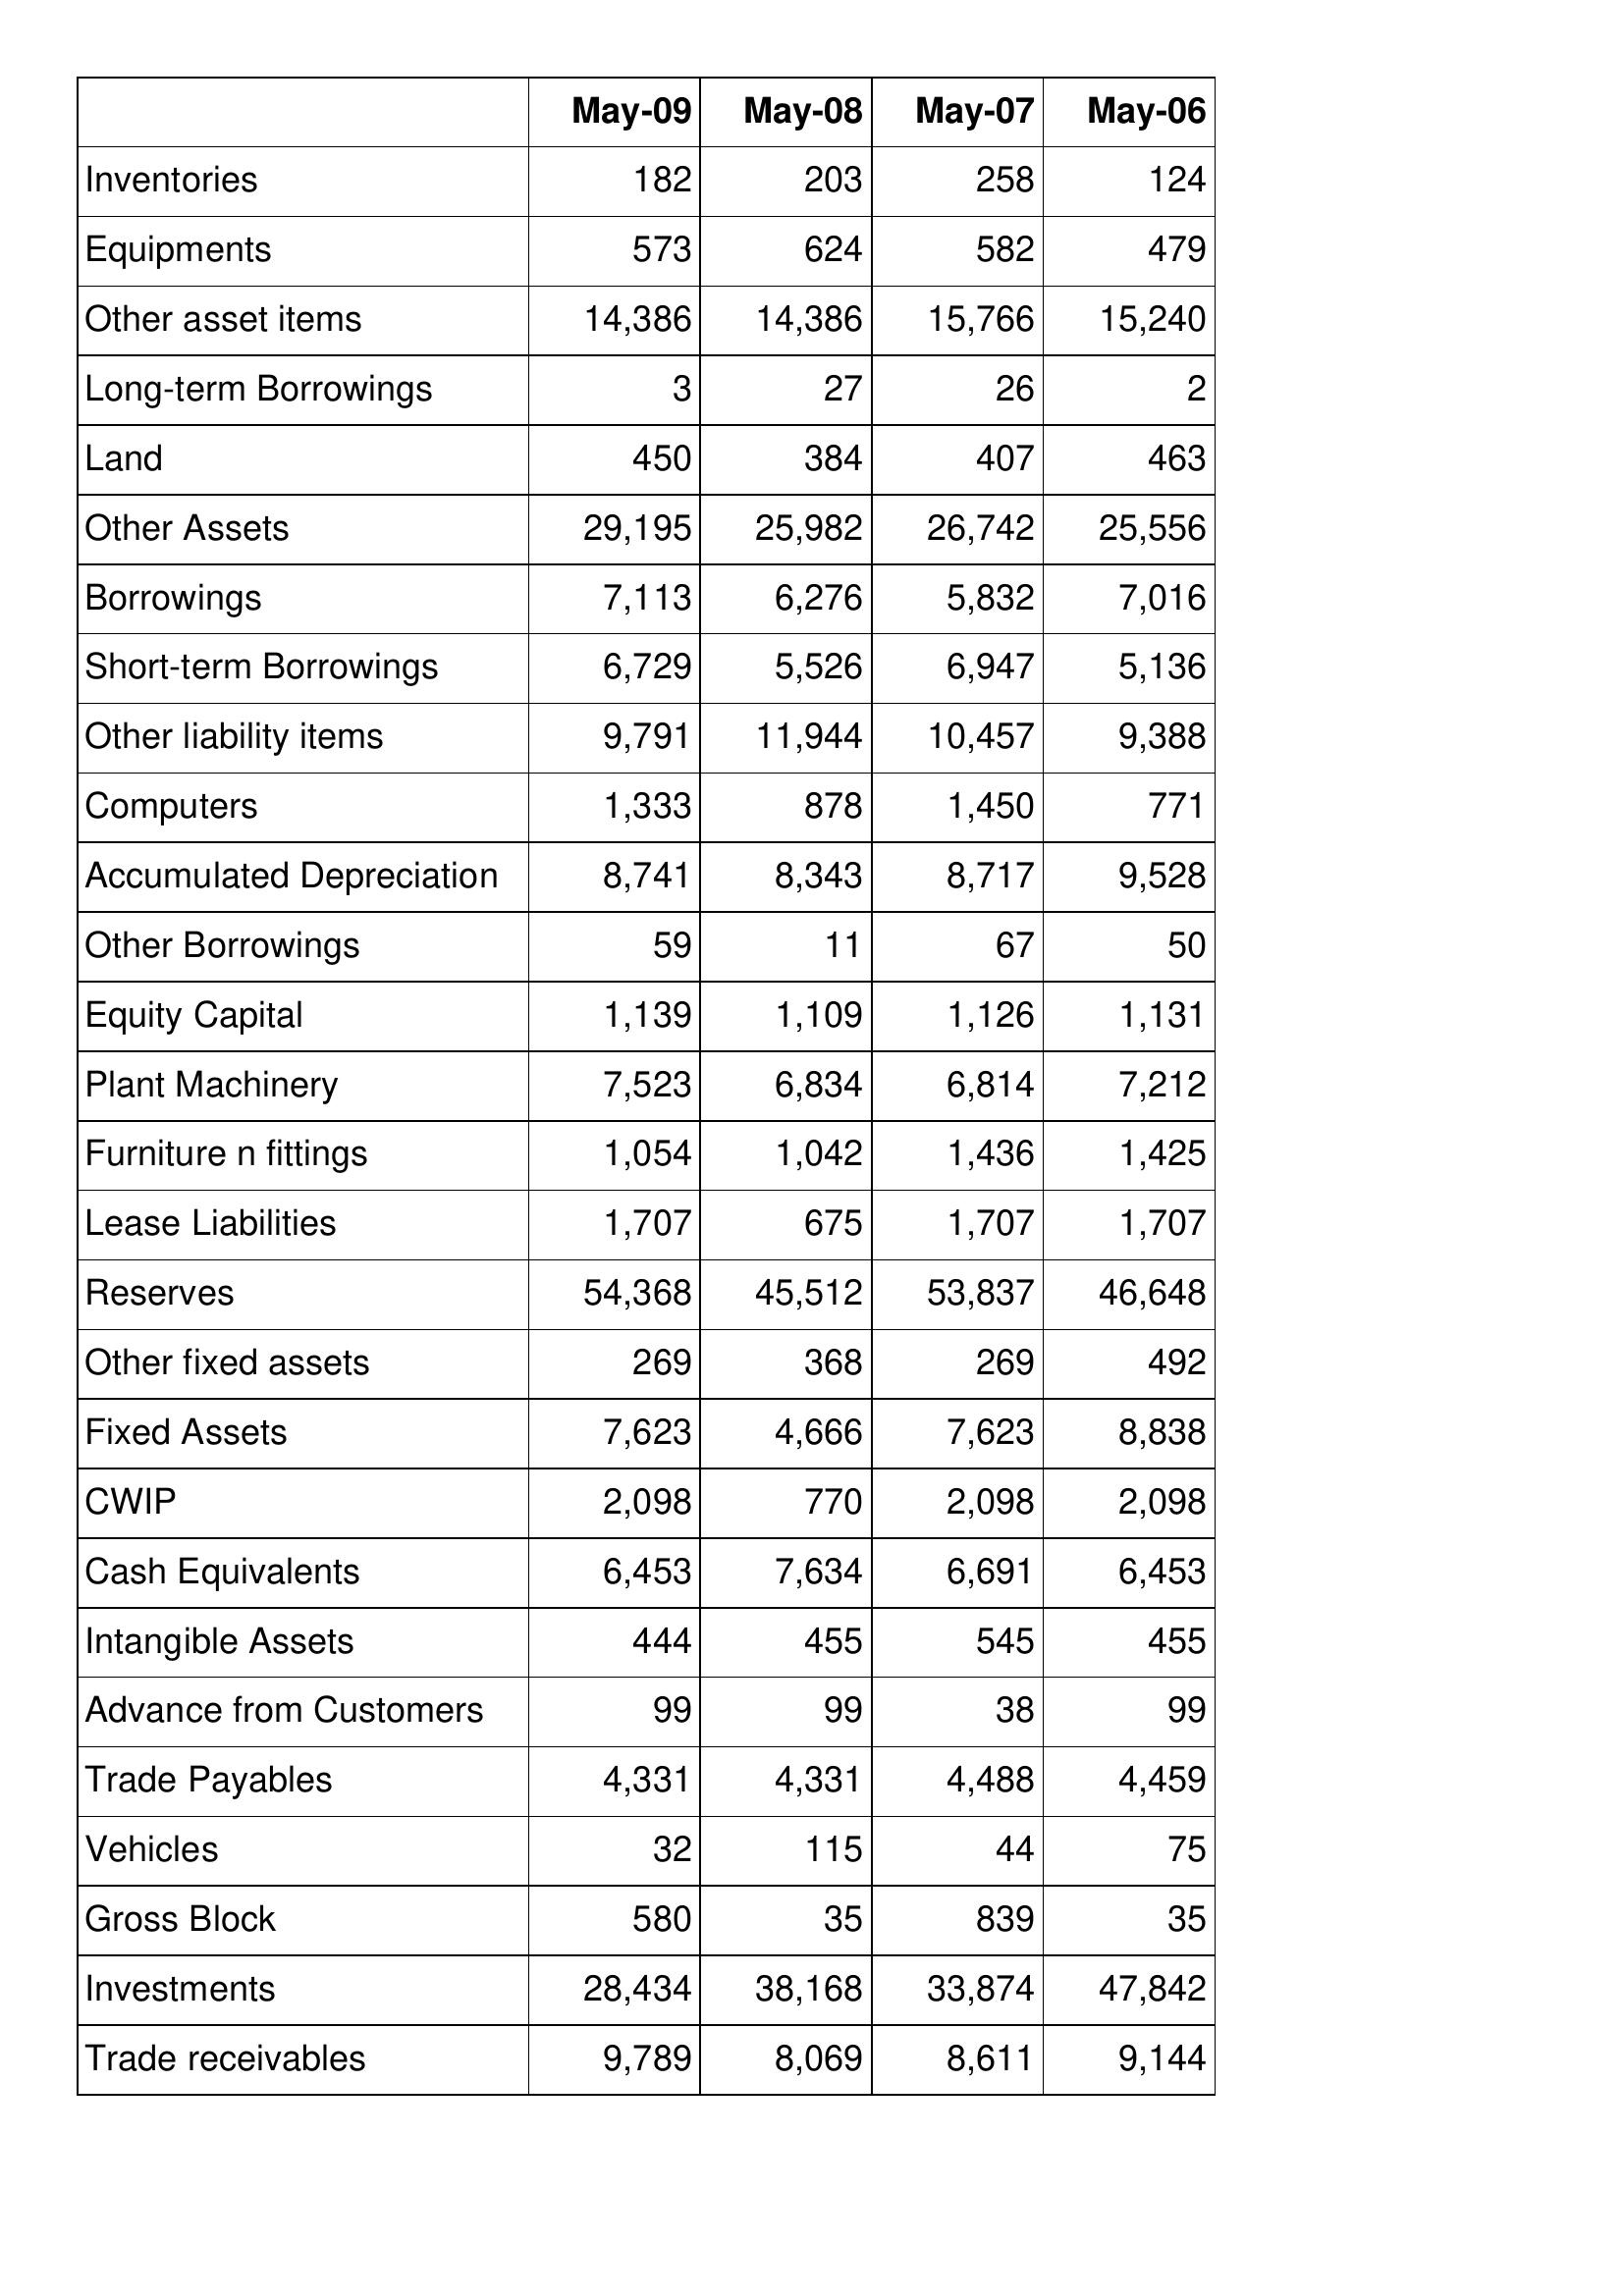
May-09: Balance Sheet: Inventories: 182
Equipments: 573
Other asset items: 14,386
Long-term Borrowings: 3
Land: 450
Other Assets: 29,195
Borrowings: 7,113
Short-term Borrowings: 6,729
Other liability items: 9,791
Computers: 1,333
Accumulated Depreciation: 8,741
Other Borrowings: 59
Equity Capital: 1,139
Plant Machinery: 7,523
Furniture n fittings: 1,054
Lease Liabilities: 1,707
Reserves: 54,368
Other fixed assets: 269
Fixed Assets: 7,623
CWIP: 2,098
Cash Equivalents: 6,453
Intangible Assets: 444
Advance from Customers: 99
Trade Payables: 4,331
Vehicles: 32
Gross Block: 580
Investments: 28,434
Trade receivables: 9,789
May-08: Balance Sheet: Inventories: 203
Equipments: 624
Other asset items: 14,386
Long-term Borrowings: 27
Land: 384
Other Assets: 25,982
Borrowings: 6,276
Short-term Borrowings: 5,526
Other liability items: 11,944
Computers: 878
Accumulated Depreciation: 8,343
Other Borrowings: 11
Equity Capital: 1,109
Plant Machinery: 6,834
Furniture n fittings: 1,042
Lease Liabilities: 675
Reserves: 45,512
Other fixed assets: 368
Fixed Assets: 4,666
CWIP: 770
Cash Equivalents: 7,634
Intangible Assets: 455
Advance from Customers: 99
Trade Payables: 4,331
Vehicles: 115
Gross Block: 35
Investments: 38,168
Trade receivables: 8,069
May-07: Balance Sheet: Inventories: 258
Equipments: 582
Other asset items: 15,766
Long-term Borrowings: 26
Land: 407
Other Assets: 26,742
Borrowings: 5,832
Short-term Borrowings: 6,947
Other liability items: 10,457
Computers: 1,450
Accumulated Depreciation: 8,717
Other Borrowings: 67
Equity Capital: 1,126
Plant Machinery: 6,814
Furniture n fittings: 1,436
Lease Liabilities: 1,707
Reserves: 53,837
Other fixed assets: 269
Fixed Assets: 7,623
CWIP: 2,098
Cash Equivalents: 6,691
Intangible Assets: 545
Advance from Customers: 38
Trade Payables: 4,488
Vehicles: 44
Gross Block: 839
Investments: 33,874
Trade receivables: 8,611
May-06: Balance Sheet: Inventories: 124
Equipments: 479
Other asset items: 15,240
Long-term Borrowings: 2
Land: 463
Other Assets: 25,556
Borrowings: 7,016
Short-term Borrowings: 5,136
Other liability items: 9,388
Computers: 771
Accumulated Depreciation: 9,528
Other Borrowings: 50
Equity Capital: 1,131
Plant Machinery: 7,212
Furniture n fittings: 1,425
Lease Liabilities: 1,707
Reserves: 46,648
Other fixed assets: 492
Fixed Assets: 8,838
CWIP: 2,098
Cash Equivalents: 6,453
Intangible Assets: 455
Advance from Customers: 99
Trade Payables: 4,459
Vehicles: 75
Gross Block: 35
Investments: 47,842
Trade receivables: 9,144